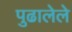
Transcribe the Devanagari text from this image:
पुढालेले